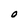
Character: O